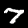
Label: 7